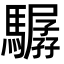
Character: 驏